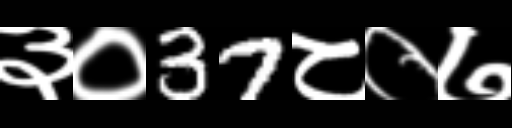
Text: ३०37८०७